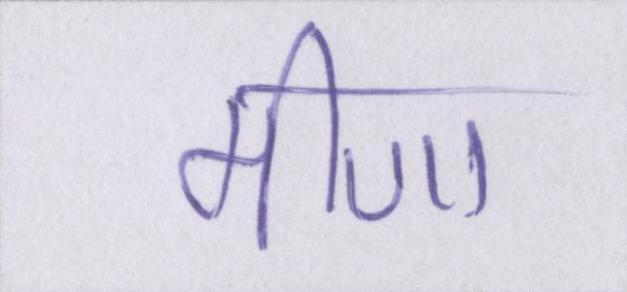
मीणा